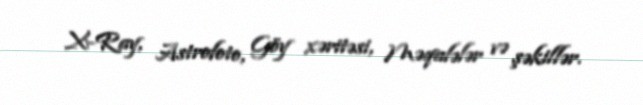
X-Ray, Astrofoto, Göy xəritəsi, Məqalələr və şəkillər.